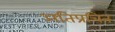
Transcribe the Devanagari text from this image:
अतिप्रचिन